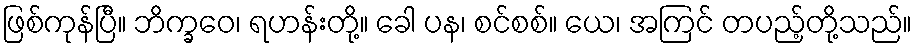
ဖြစ်ကုန်ပြီ။ ဘိက္ခဝေ၊ ရဟန်းတို့။ ခေါ ပန၊ စင်စစ်။ ယေ၊ အကြင် တပည့်တို့သည်။